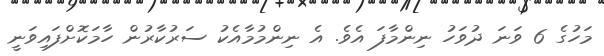
މަހުގެ 6 ވަނަ ދުވަހު ނިންމާފަ އެވެ. އެ ނިންމުމާއެކު ސަރުކާރުން ހާމަކޮށްފައިވަނީ